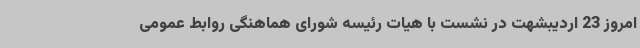
امروز 23 اردیبشهت در نشست با هیات رئیسه شورای هماهنگی روابط عمومی